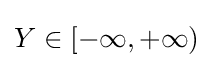
{\textstyle Y\in [-\infty ,+\infty )}